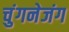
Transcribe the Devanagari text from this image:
चुंगनेजंग